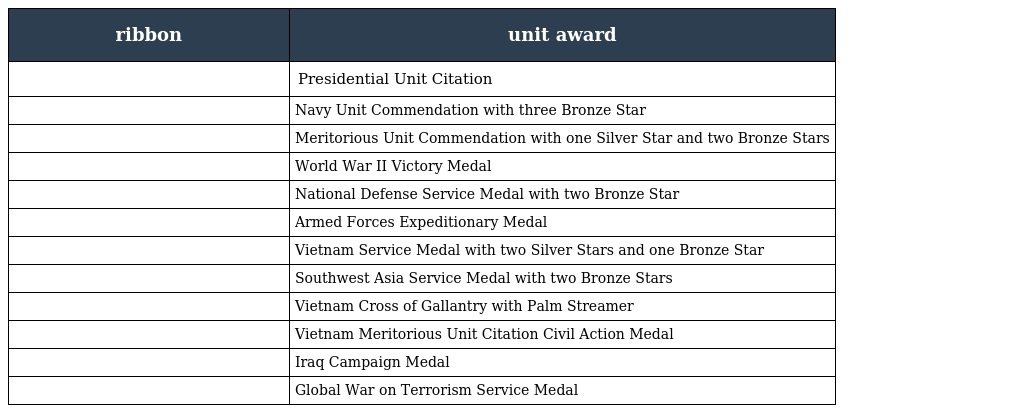
| ribbon | unit award |
 | --- | --- |
 |  | Presidential Unit Citation |
 |  | Navy Unit Commendation with three Bronze Star |
 |  | Meritorious Unit Commendation with one Silver Star and two Bronze Stars |
 |  | World War II Victory Medal |
 |  | National Defense Service Medal with two Bronze Star |
 |  | Armed Forces Expeditionary Medal |
 |  | Vietnam Service Medal with two Silver Stars and one Bronze Star |
 |  | Southwest Asia Service Medal with two Bronze Stars |
 |  | Vietnam Cross of Gallantry with Palm Streamer |
 |  | Vietnam Meritorious Unit Citation Civil Action Medal |
 |  | Iraq Campaign Medal |
 |  | Global War on Terrorism Service Medal |